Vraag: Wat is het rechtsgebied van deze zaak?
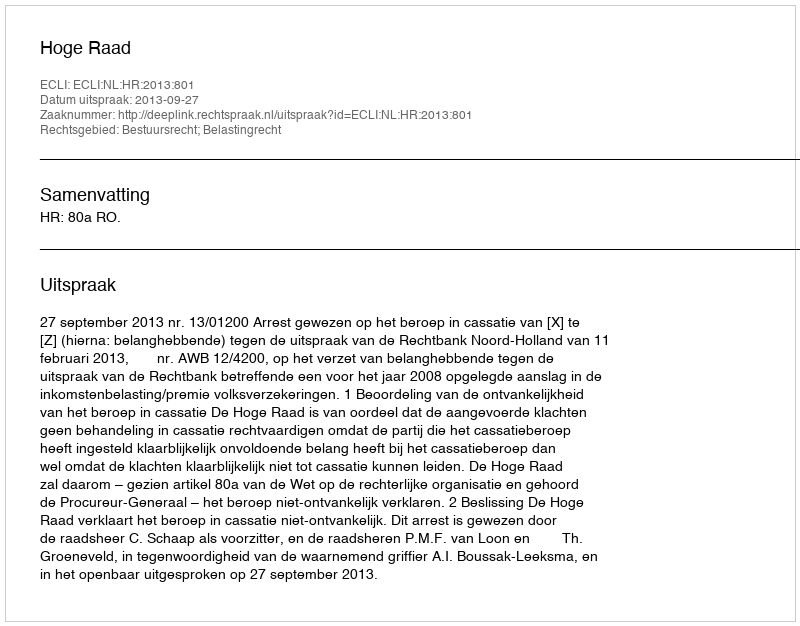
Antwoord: Bestuursrecht; Belastingrecht